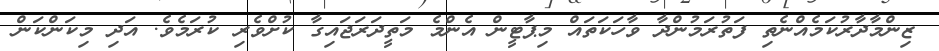
ޒިންމާދާރުކަމެއްނެތި ފަތުރަމުންދާ ވާހަކަތައް މިޕާޓީން އެންމެ މަތީދަރަޖައިގާ ކުށްވެރި ކުރަމެވެ. އަދި މިކަންކަން